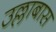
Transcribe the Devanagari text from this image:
उल्लाबास